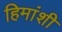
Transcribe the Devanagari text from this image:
हिमांशी